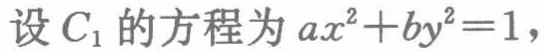
设\(C_{1}\)的方程为\(ax^{2}+by^{2}=1\)，